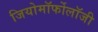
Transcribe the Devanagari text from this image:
जियोमॉर्फोलॉजी